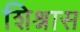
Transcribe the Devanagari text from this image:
शिश्नास